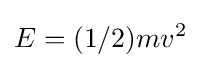
E=(1/2)mv^{2}